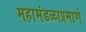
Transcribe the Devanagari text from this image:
महामंडळाप्रमाणे